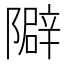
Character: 隦